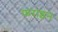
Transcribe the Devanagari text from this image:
फराइन